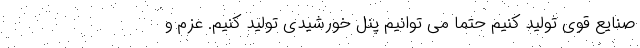
صنایع قوی تولید کنیم حتما می توانیم پنل خورشیدی تولید کنیم. عزم و